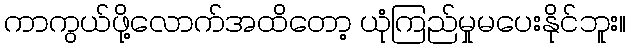
ကာကွယ်ဖို့လောက်အထိတော့ ယုံကြည်မှုမပေးနိုင်ဘူး။